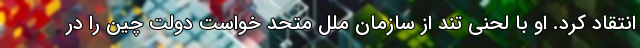
انتقاد کرد. او با لحنی تند از سازمان ملل متحد خواست دولت چین را در